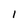
Character: l